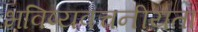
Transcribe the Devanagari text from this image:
भविष्‍यवचनीयता